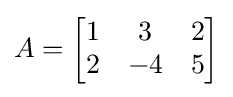
A={\begin{bmatrix}1&3&2\\2&-4&5\end{bmatrix}}